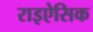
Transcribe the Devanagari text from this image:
राइऐसिक